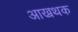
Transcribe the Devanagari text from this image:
आख्रथक